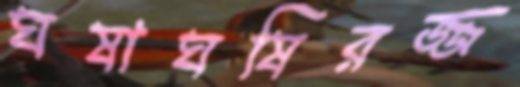
ঘষাঘষিরজ্জ